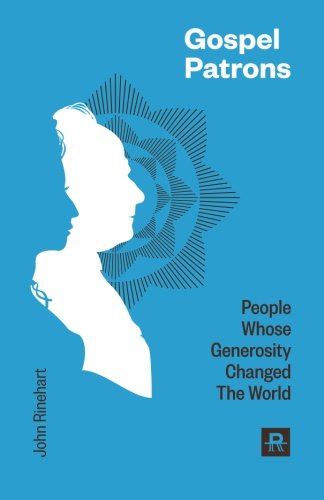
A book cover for Gospel Patrons; John Rinehart; Christian Books & Bibles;